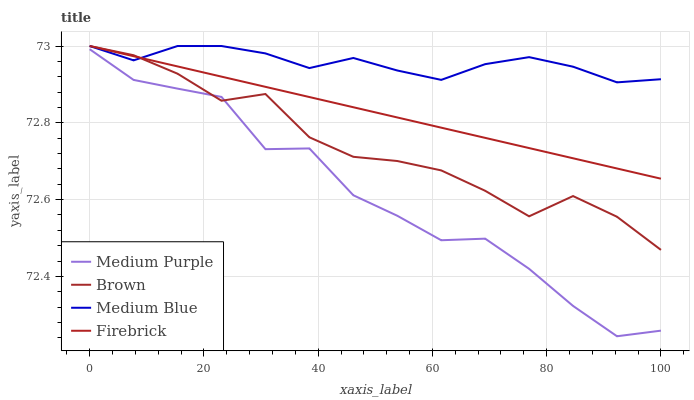
| xaxis_label | Medium Purple | Brown | Medium Blue | Firebrick |
 | --- | --- | --- | --- | --- |
 | 0 | 73 | 73 | 73 | 73 |
 | 7.69 | 72.9 | 73 | 73 | 73 |
 | 15.4 | 72.9 | 72.9 | 73 | 72.9 |
 | 23.1 | 72.9 | 72.9 | 73 | 72.9 |
 | 30.8 | 72.7 | 72.9 | 73 | 72.9 |
 | 38.5 | 72.7 | 72.8 | 72.9 | 72.9 |
 | 46.2 | 72.6 | 72.7 | 73 | 72.8 |
 | 53.8 | 72.6 | 72.7 | 72.9 | 72.8 |
 | 61.5 | 72.5 | 72.7 | 72.9 | 72.8 |
 | 69.2 | 72.5 | 72.6 | 73 | 72.8 |
 | 76.9 | 72.4 | 72.6 | 73 | 72.7 |
 | 84.6 | 72.3 | 72.6 | 72.9 | 72.7 |
 | 92.3 | 72.2 | 72.6 | 72.9 | 72.7 |
 | 100 | 72.3 | 72.5 | 72.9 | 72.7 |